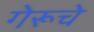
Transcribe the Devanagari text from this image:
गेरूचे